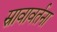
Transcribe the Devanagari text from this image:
स्रावावर्तना